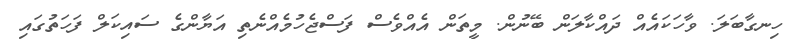
ހިނގާބަލަ. ވާހަކައެއް ދައްކާލަން ބޭނުން. މީތަން އެއްވެސް ފަސްޖެހުމެއްނެތި އަޔާންގެ ސައިކަލް ފަހަތުގައި